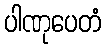
ပါဏုပေတံ